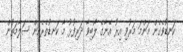
ކަނޑުވެގެން މަންމަ މަރުވި އިރު އޭނާގެ ލޯބިވާ ދަރިފުޅު މާ ކަނޑުތެރެއިން ސަލާމަތުން